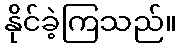
နိုင်ခဲ့ကြသည်။